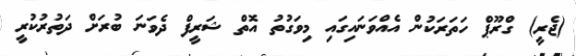
(ޖެރީ) ގްރޫޕް ހަތަރަކުން އެއްވަނައިގައި މިވަގުތު އޮތް ޝަރީފް ދެވަނަ ބުރަށް ދަތުރުކުރީ